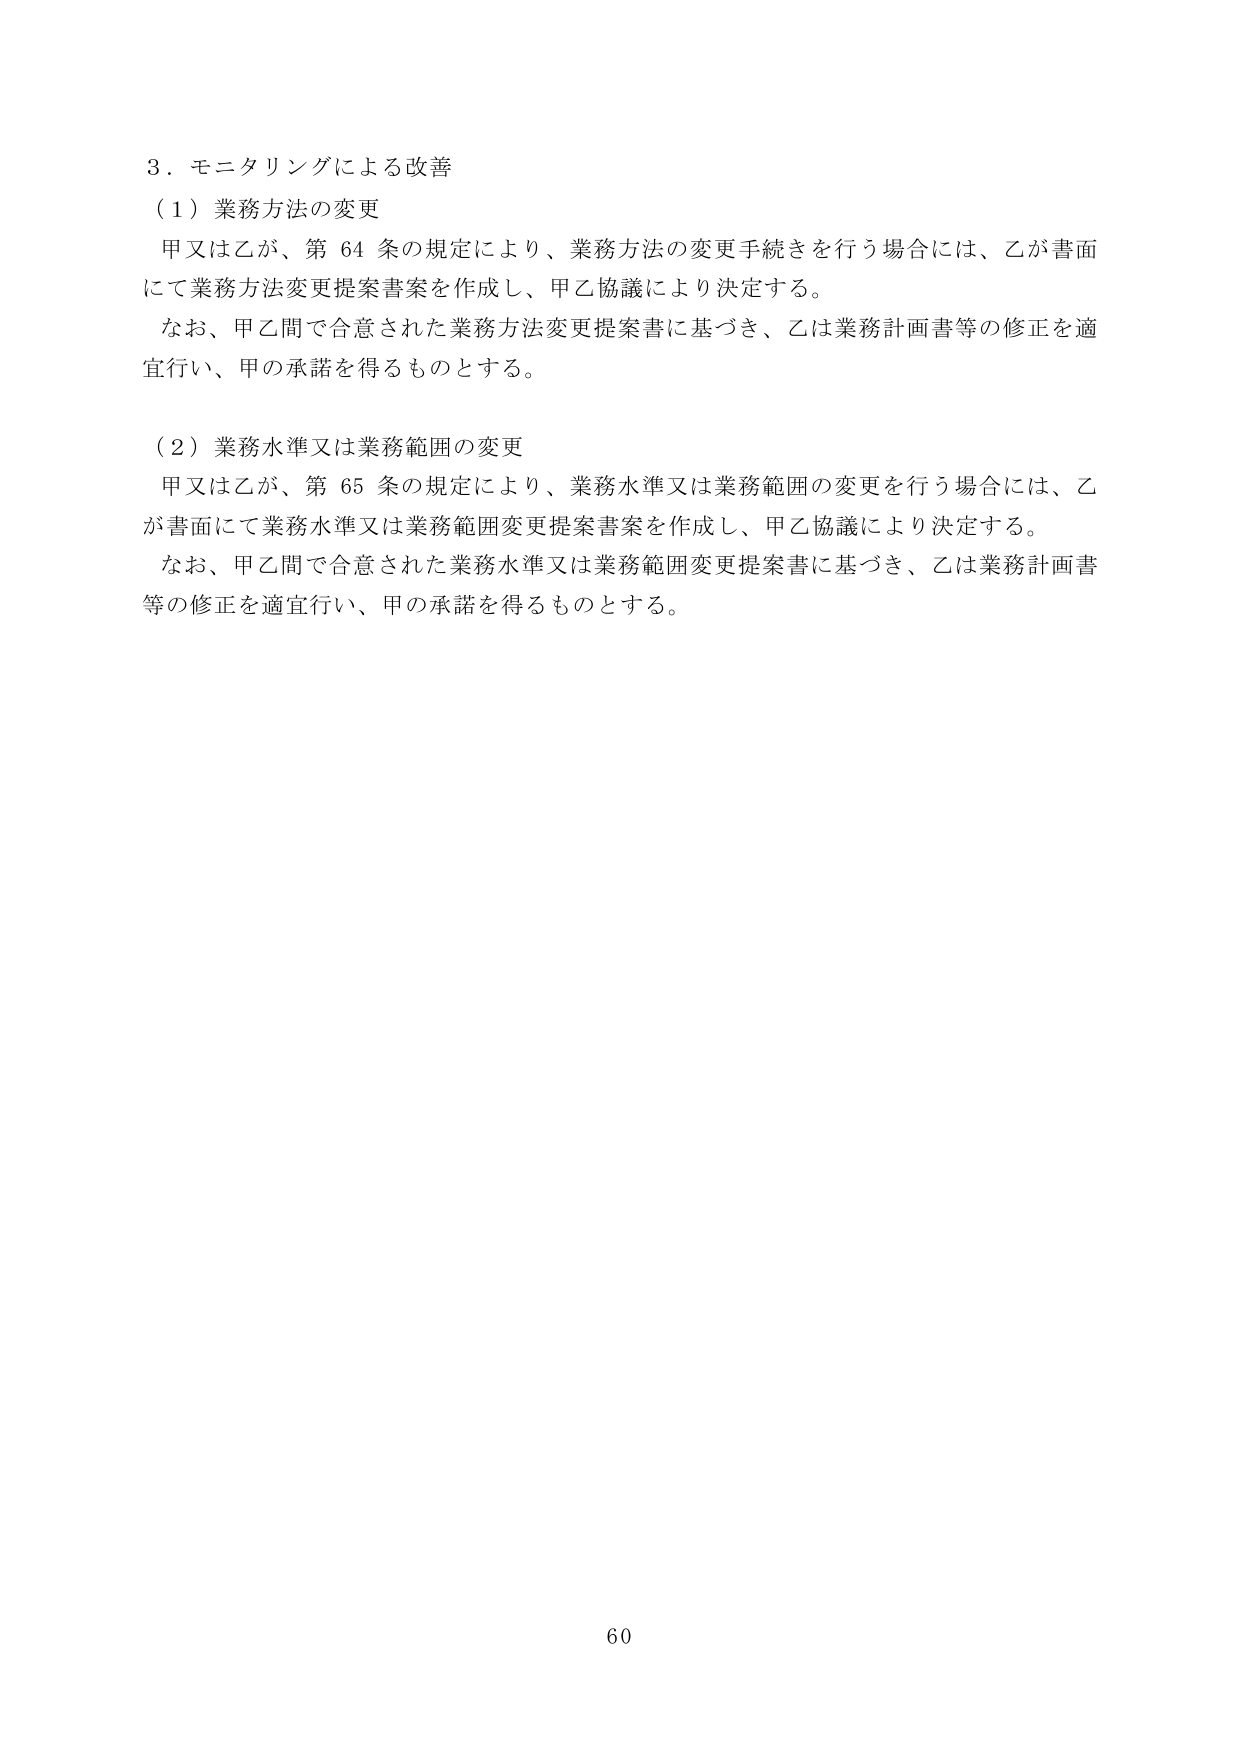
3．モニタリングによる改善
（1）業務方法の変更
　甲又は乙が、第64条の規定により、業務方法の変更手続きを行う場合には、乙が書面にて業務方法変更提案書案を作成し、甲乙協議により決定する。
　なお、甲乙間で合意された業務方法変更提案書に基づき、乙は業務計画書等の修正を適宜行い、甲の承諾を得るものとする。

（2）業務水準又は業務範囲の変更
　甲又は乙が、第65条の規定により、業務水準又は業務範囲の変更を行う場合には、乙が書面にて業務水準又は業務範囲変更提案書案を作成し、甲乙協議により決定する。
　なお、甲乙間で合意された業務水準又は業務範囲変更提案書に基づき、乙は業務計画書等の修正を適宜行い、甲の承諾を得るものとする。

60